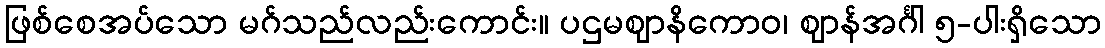
ဖြစ်စေအပ်သော မဂ်သည်လည်းကောင်း။ ပဌမဈာနိကောဝ၊ ဈာန်အင်္ဂါ ၅-ပါးရှိသော